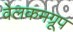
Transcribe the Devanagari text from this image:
वेलकमग्रूप